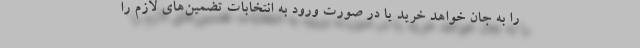
را به جان خواهد خرید یا در صورت ورود به انتخابات تضمین‌های لازم را